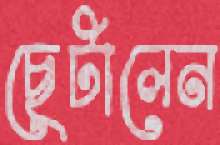
ছেটালেন